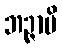
ဘဉ္ဇာမိ